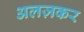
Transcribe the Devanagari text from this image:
अलज़कर